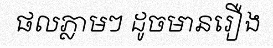
ផលភ្លាមៗ ដូចមានរឿង